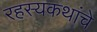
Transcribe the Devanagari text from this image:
रहस्यकथांचे